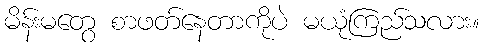
မိန်းမတွေ စာဖတ်နေတာကိုပဲ မယုံကြည်သလား။